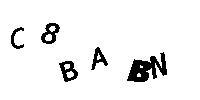
C8BABN